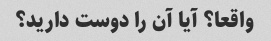
واقعا؟ آیا آن را دوست دارید؟